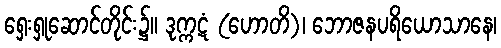
ရှေးရှုဆောင်တိုင်း၌။ ဒုက္ကဋံ (ဟောတိ)၊ ဘောဇနပရိယောသာနေ၊